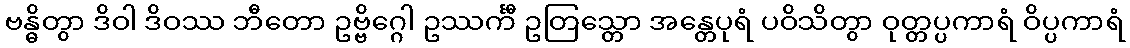
ဗန္ဓိတွာ ဒိဝါ ဒိဝဿ ဘီတော ဥဗ္ဗိဂ္ဂေါ ဥဿင်္ကီ ဥတြသ္တော အန္တေပုရံ ပဝိသိတွာ ဝုတ္တပ္ပကာရံ ဝိပ္ပကာရံ